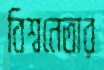
বিশ্বনেতার